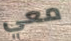
معي